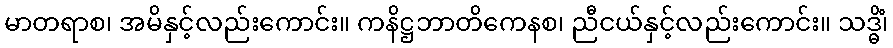
မာတရာစ၊ အမိနှင့်လည်းကောင်း။ ကနိဋ္ဌဘာတိကေနစ၊ ညီငယ်နှင့်လည်းကောင်း။ သဒ္ဓိံ၊